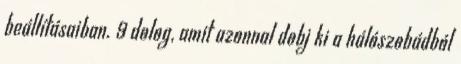
beállításaiban. 9 dolog, amit azonnal dobj ki a hálószobádból